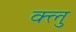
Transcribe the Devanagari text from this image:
क्लु